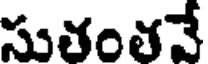
సుతంతవే